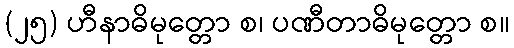
(၂၅) ဟီနာဓိမုတ္တော စ၊ ပဏီတာဓိမုတ္တော စ။